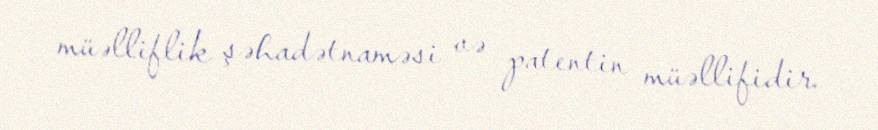
müəlliflik şəhadətnaməsi və patentin müəllifidir.